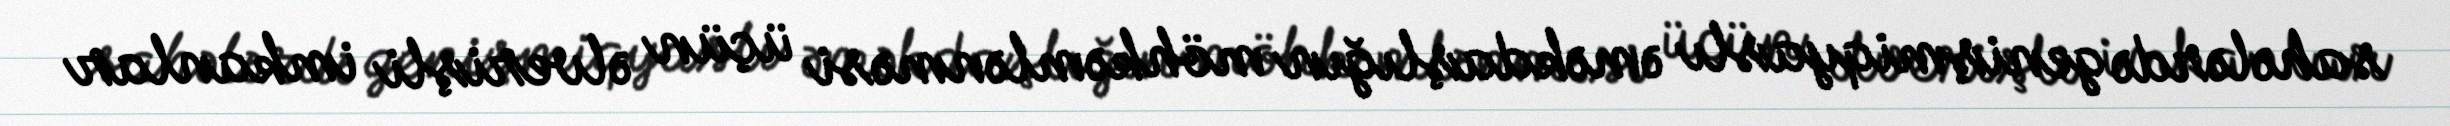
sahələrdə genişmiqyaslı əməkdaşlığın möhkəmlənməsi üçün əlverişli imkanlar